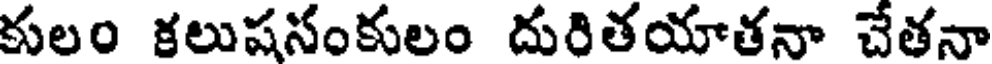
కులం కలుషసంకులం దురితయాతనా చేతనా